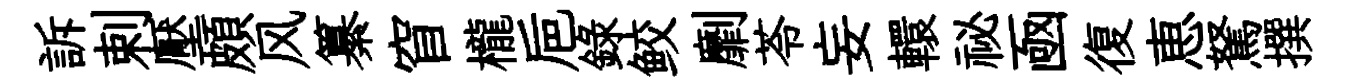
訴剌壓頗风纂窅櫳巵錄鲛劘苓妄轘祕凾復恵駑撰